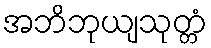
အဘိဘုယျသုတ္တံ